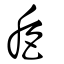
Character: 巵